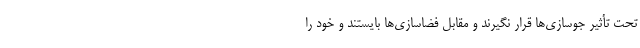
تحت تأثیر جوسازی‌ها قرار نگیرند و مقابل فضاسازی‌ها بایستند و خود را